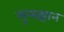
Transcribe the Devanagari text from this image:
सुलझान